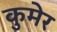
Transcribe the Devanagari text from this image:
कुमेर